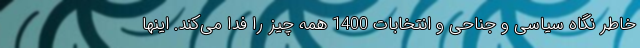
خاطر نگاه سیاسی و جناحی و انتخابات 1400 همه چیز را فدا می‌کند. اینها